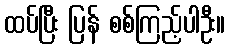
ထပ်ပြီး ပြန် စစ်ကြည့်ပါဦး။